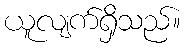
ယူလျက်ရှိသည်။